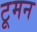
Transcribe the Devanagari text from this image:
टूमन